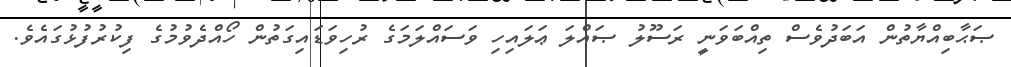
ޞަޙާބިއްޔާތުން އަބަދުވެސް ތިއްބަވަނީ ރަސޫލު ޞައްލަ ޢަލައިހި ވަސައްލަމަގެ ރުހިވަޑައިގަތުން ހޯއްދެވުމުގެ ފިކުރުފުޅުގައެވެ.